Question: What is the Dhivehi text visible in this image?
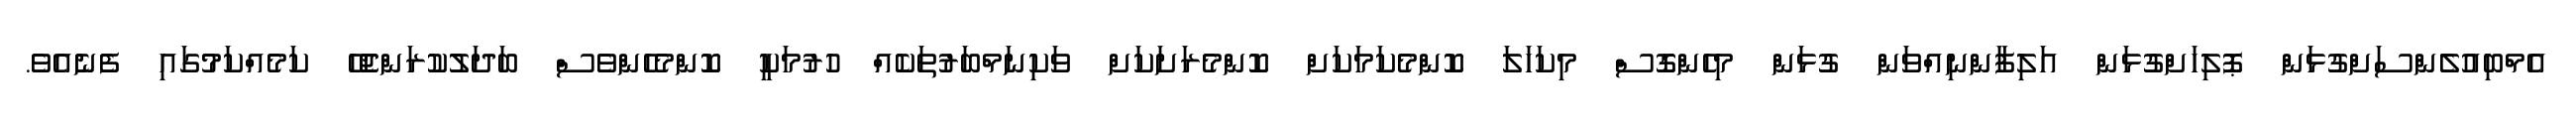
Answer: އެމްބިއުލެންސަށްގުޅަން ޕޮލިހަށްގުޅަން އަލިފާންނިއްވަން ގުޅަން މިހެންގޮސް މިކަހަލަ ކޮންމެކަމަކަށް ކޮންމެރަށަކަށް ވަކިނަމްބަރުތަކެއް ހުރުމަކީ ކޮންމެހެންވެސް ބަދަލުކުރަންޖެހޭ ކަމެއްކަމުގައި ފެނެއެވެ.